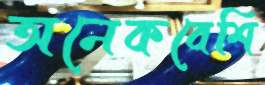
অনেকবেশি